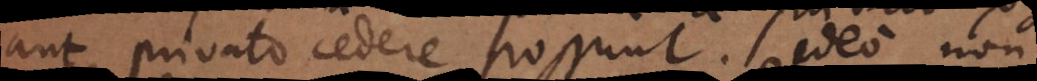
aut privato cedere possunt. Ideo non